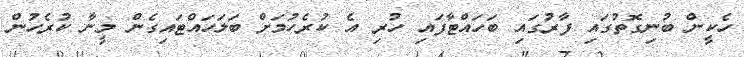
ހެކީން ބުނިގޮތުގައި ފާރުގައި ބަހައްޓާފައި ހުރި އެ ކުރެހުމަށް ބަލަހައްޓައިގެން މީނާ ކުރެހުން